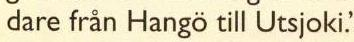
dare från Hangö till Utsjoki.